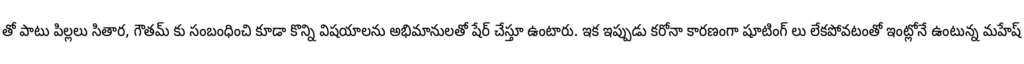
తో పాటు పిల్లలు సితార, గౌతమ్ కు సంబంధించి కూడా కొన్ని విషయాలను అభిమానులతో షేర్ చేస్తూ ఉంటారు. ఇక ఇప్పుడు కరోనా కారణంగా షూటింగ్ లు లేకపోవటంతో ఇంట్లోనే ఉంటున్న మహేష్